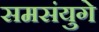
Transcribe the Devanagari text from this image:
समसंयुगे